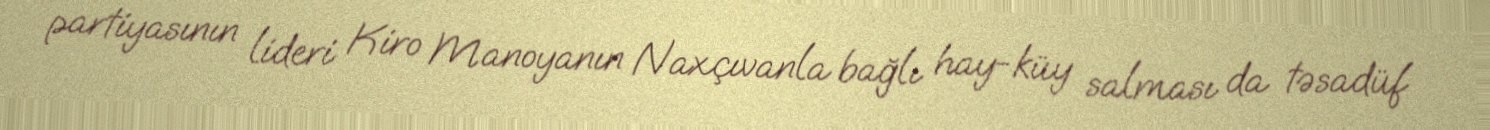
partiyasının lideri Kiro Manoyanın Naxçıvanla bağlı hay-küy salması da təsadüf